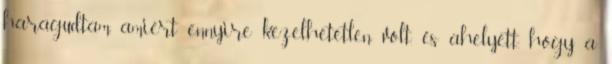
haragudtam, amiért ennyire kezelhetetlen volt, és ahelyett, hogy a